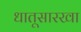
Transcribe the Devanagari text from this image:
धातूसारखा